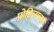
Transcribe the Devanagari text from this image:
प्रोटिन्सच्या